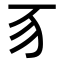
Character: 𬺻